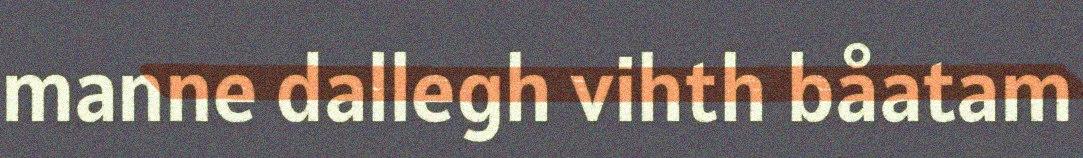
manne dallegh vihth båatam